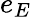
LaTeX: e_{E}